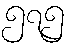
၅၇၅